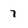
Character: 7